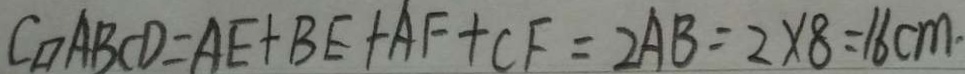
C _ { \square } A B C D = A E + B E + A F + C F = 2 A B = 2 \times 8 = 1 6 c m .